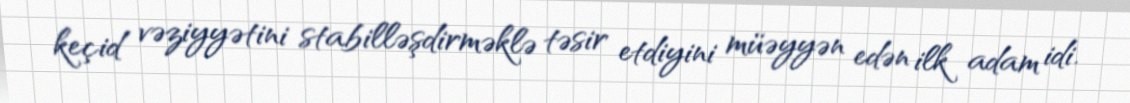
keçid vəziyyətini stabilləşdirməklə təsir etdiyini müəyyən edən ilk adam idi.